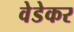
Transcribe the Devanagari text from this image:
वेडेकर